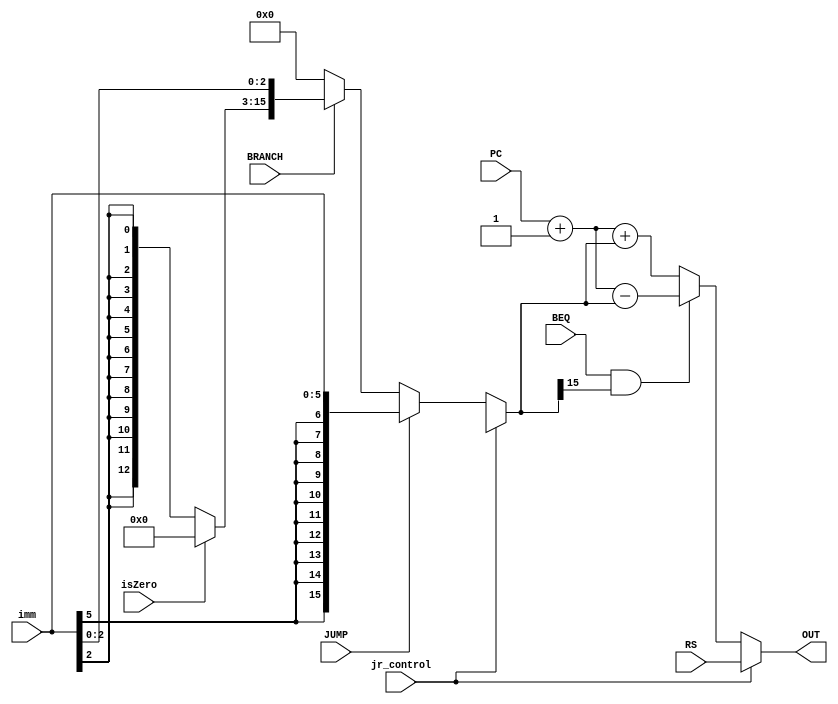
`timescale 1ns / 1ps
//////////////////////////////////////////////////////////////////////////////////
// Company: 
// Engineer: 
// 
// Design Name: 
// Module Name:    ALU_Branch 
// Project Name: 
// Target Devices: 
// Tool versions: 
// Description: 
//
// Dependencies: 
//
// Revision: 
// Revision 0.01 - File Created
// Additional Comments: 
//
//////////////////////////////////////////////////////////////////////////////////
module ALU_Branch(
   input [15:0] RS,
   input [15:0] PC,
	input [5:0] imm,
	input BRANCH,
	input JUMP,
   input BEQ,
	input jr_control,
	input isZero,
	// input [15:0] JumpAddress,
   output reg [15:0] OUT

	 
	 
    );
	 
	reg [15:0] jump_immediate;
	reg [15:0] branch_immediate; 
	always @(RS, PC, imm, BRANCH, JUMP, BEQ, jr_control)
	begin
	
	
	
	jump_immediate = {{10{imm[5]}},imm[5:0]};
	//$display("imm =", imm,"jump_imm=", jump_immediate);
	branch_immediate = {{13{imm[2]}},imm[2:0]};
	
	if (isZero)
			branch_immediate[15:3] = 13'b0000000000000;

	if (jr_control == 1) 
		OUT = RS; 
   else 
		begin 
				if (BRANCH ==0 ) 
					branch_immediate = 0; 
				if (JUMP == 1) 	
					branch_immediate = jump_immediate;	
				if ((BEQ == 1'b1) && (branch_immediate[15] == 1)) 
					OUT = PC + 1 - branch_immediate;	  
				else 
				begin
						OUT = PC + 1 + branch_immediate;
					//$display(OUT, "=", PC, "+1", branch_immediate);
				end
						
			end
			 //$display("Branch immediate:" , branch_immediate);
			 //$display("Out = :", OUT);
		end
	
	
  endmodule